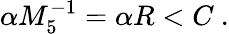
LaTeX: \alpha M_{5}^{-1}=\alpha R<C\ .